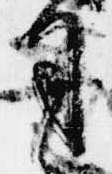
司